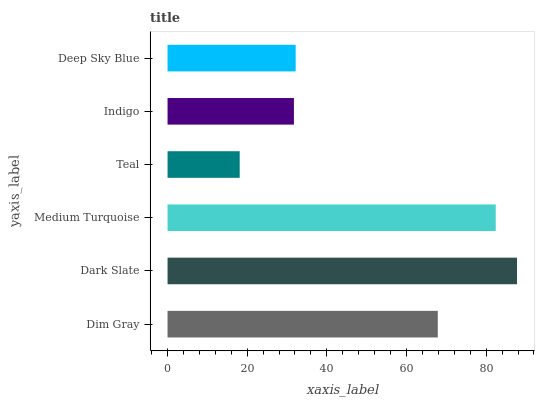
| yaxis_label | bars |
 | --- | --- |
 | Dim Gray | 67.9 |
 | Dark Slate | 87.7 |
 | Medium Turquoise | 82.4 |
 | Teal | 18.1 |
 | Indigo | 31.7 |
 | Deep Sky Blue | 32.2 |